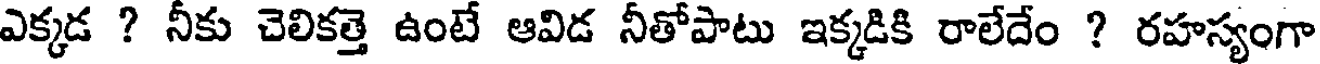
ఎక్కడ ? నీకు చెలికత్తె ఉంటే ఆవిడ నీతోపాటు ఇక్కడికి రాలేదేం ? రహస్యంగా